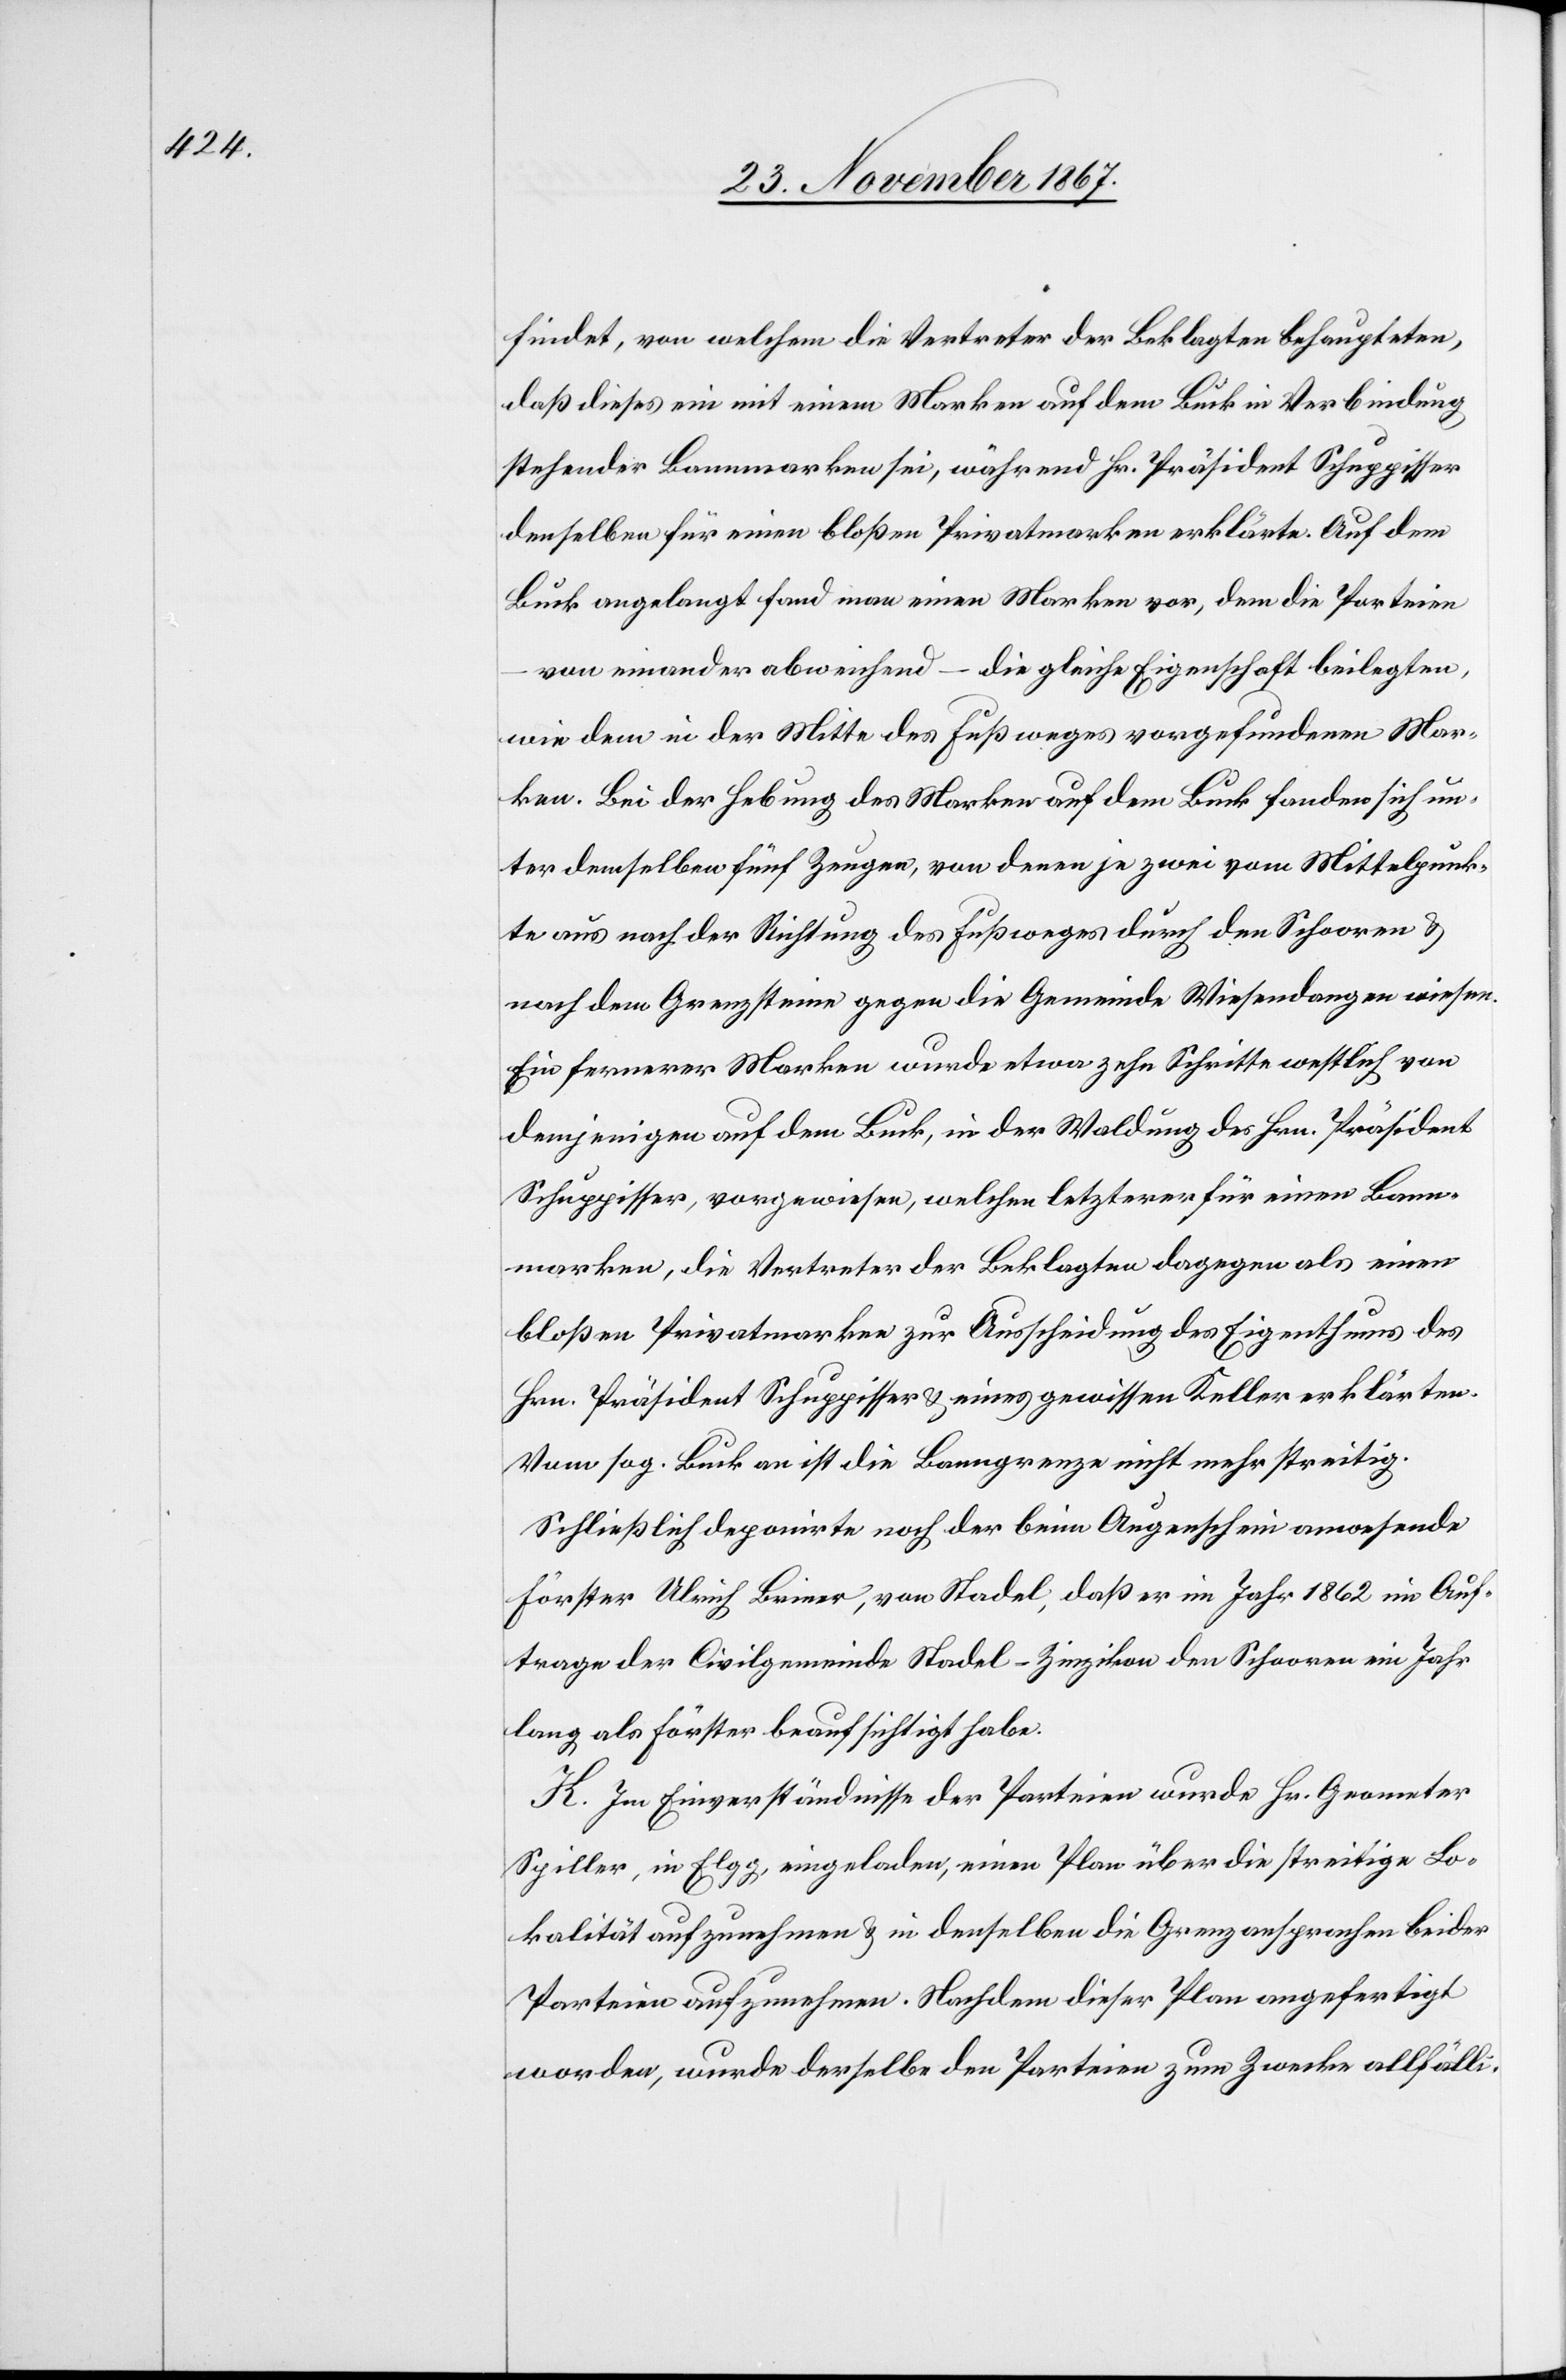
findet, von welchem die Vertreter der Beklagten behaupteten,
daß diese ein mit einem Marken auf dem Buck in Verbindung
stehender Bannmarken sei, während Hr. Präsident Schuppisser
denselben für einen bloßen Privatmarken erklärte. Auf dem
Buck angelangt fand man einen Marken vor, dem die Parteien
von einander abweichend – die gleiche Eigenschaft beilegten,
wie dem in der Mitte des Fußweges vorgefundenen Mar¬
ken. Bei der Hebung des Marken auf dem Buck fanden sich un¬
ter demselben fünf Zeugen, von denen je zwei vom Mittelpunk¬
te aus nach der Richtung des Fußweges durch den Schooren u.
nach dem Grenzsteine gegen die Gemeinde Wiesendangen wiesen.
Ein fernerer Marken wurde etwa zehn Schritte westlich von
demjenigen auf dem Buck, in der Waldung des Hrn. Präsident
Schuppisser, vorgewiesen, welchen letzterer für einen Bann¬
marken, die Vertreter der Beklagten dagegen als einen
bloßen Privatmarken zur Ausscheidung des Eigenthums des
Hrn. Präsident Schuppisser u. eines gewissen Keller erklärten.
Vom sog. Buck an ist die Banngrenze nicht mehr streitig.
Schließlich deponirte noch der beim Augenschein anwesende
Förster Ulrich Briner, von Stadel, daß er im Jahr 1862 im Auf¬
trage der Civilgemeinde Stadel-Zinzikon den Schooren ein Jahr
lang als Förster beaufsichtigt habe.
K. Im Einverständnisse der Parteien wurde Hr. Geometer
Spiller, in Elgg, eingeladen, einen Plan über die streitige Lo¬
kalität aufzunehmen u. in demselben die Grenzansprachen beider
Parteien aufzunehmen. Nachdem dieser Plan angefertigt
worden, wurde derselbe den Parteien zum Zwecke allfälli-